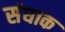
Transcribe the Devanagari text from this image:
संघाक